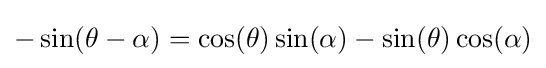
-\sin(\theta -\alpha )=\cos(\theta )\sin(\alpha )-\sin(\theta )\cos(\alpha )